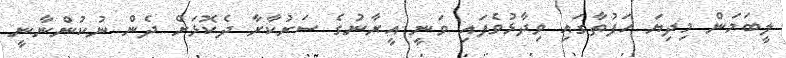
ލީބަމަން މިދިޔަ ހަފުތާގައި ވިދާޅުވެފައި ވަނީ އީރާނުގެ ސަރުކާރާ ދެކޮޅަށް ދެން ނުކުންނާނީ